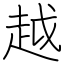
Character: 越